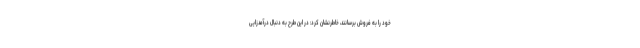
خود را به فروش برسانند، خاطرنشان کرد: در این طرح به دنبال درآمدزایی